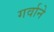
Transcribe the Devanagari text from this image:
गर्वाने